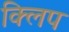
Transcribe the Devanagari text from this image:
क्‍िलप